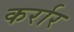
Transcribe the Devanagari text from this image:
कर्रार